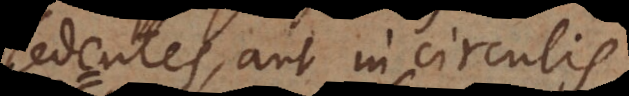
sedentes, aut in circulis